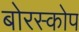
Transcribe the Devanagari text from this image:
बोरस्कोप